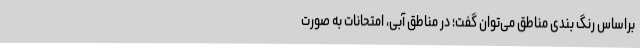
براساس رنگ بندی مناطق می‌توان گفت؛ در مناطق آبی، امتحانات به صورت